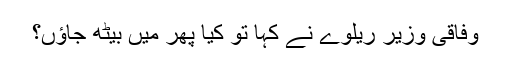
وفاقی وزیر ریلوے نے کہا تو کیا پھر میں بیٹھ جاؤں؟